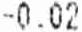
-0.02